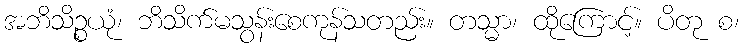
အဘိသိဉ္စယုံ၊ ဘိသိက်မသွန်းစေကုန်သတည်း။ တသ္မာ၊ ထိုကြောင့်။ ပိတု စ၊